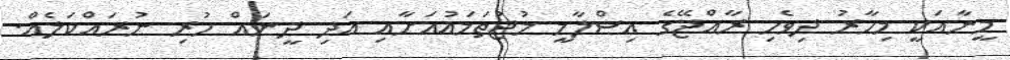
މީނާއަކީ މިހާރު ދިވެހި ރާއްޖޭގެ އިސްލާމީ މުޖުތަމައުއަށާއި އަދި ދީނައް ހުރި ނުރައްކަލެއް.